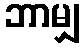
ဘာမျှ